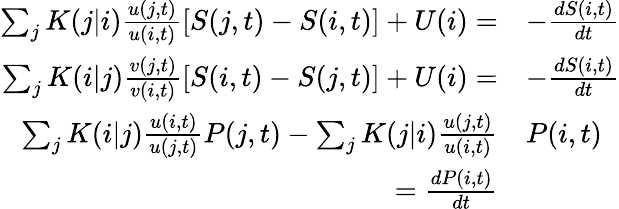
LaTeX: \begin{array}{rl}{\sum_{j}K(j|i)\frac{u(j,t)}{u(i,t)}[S(j,t)-S(i,t)]+U(i)=}&{-\frac{dS(i,t)}{dt}}\\ {\sum_{j}K(i|j)\frac{v(j,t)}{v(i,t)}[S(i,t)-S(j,t)]+U(i)=}&{-\frac{dS(i,t)}{dt}}\\ {\sum_{j}K(i|j)\frac{u(i,t)}{u(j,t)}P(j,t)-\sum_{j}K(j|i)\frac{u(j,t)}{u(i,t)}}&{P(i,t)}\\ {=\frac{dP(i,t)}{dt}}&{}\end{array}